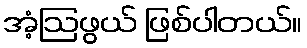
အံ့ဩဖွယ် ဖြစ်ပါတယ်။